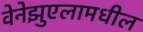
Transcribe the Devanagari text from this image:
वेनेझुएलामधील